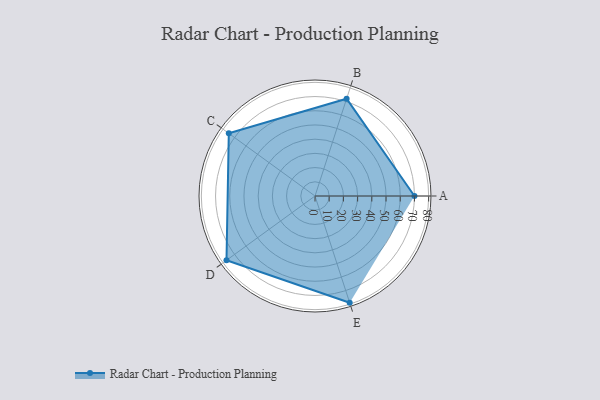
{"axis": {"x": "Skill", "y": "Score"}, "legend": ["Profile"], "data": [{"x": "A", "y": 70.0, "type": "Profile"}, {"x": "B", "y": 72.0, "type": "Profile"}, {"x": "C", "y": 75.0, "type": "Profile"}, {"x": "D", "y": 77.0, "type": "Profile"}, {"x": "E", "y": 79.0, "type": "Profile"}]}